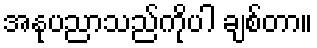
အနုပညာသည်ကိုပါ ချစ်တာ။